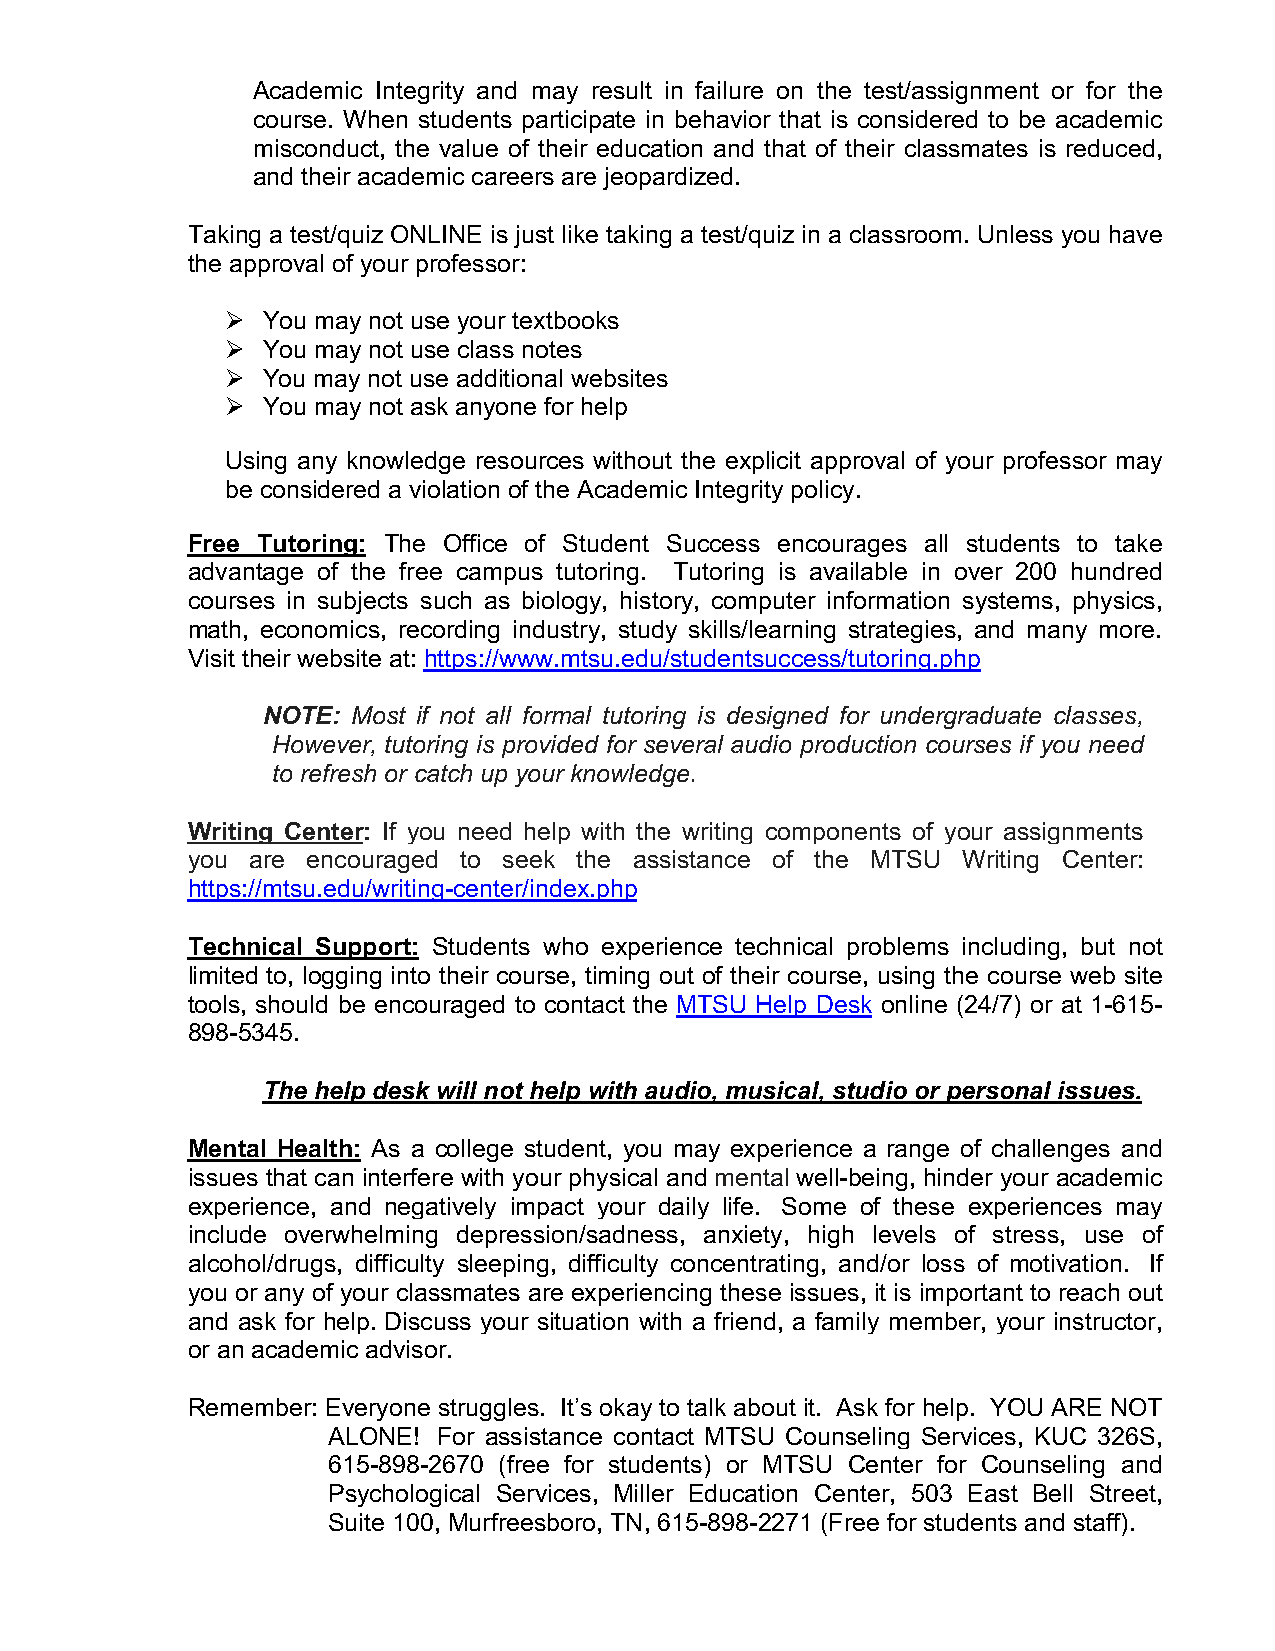
Academic Integrity and may result in failure on the test/assignment or for the
 course. When students participate in behavior that is considered to be academic
 misconduct, the value of their education and that of their classmates is reduced,
 and their academic careers are jeopardized.
 Taking a test/quiz ONLINE is just like taking a test/quiz in a classroom. Unless you have
 the approval of your professor:
 Ø You may not use your textbooks
 Ø You may not use class notes
 Ø You may not use additional websites
 Ø You may not ask anyone for help
 Using any knowledge resources without the explicit approval of your professor may
 be considered a violation of the Academic Integrity policy.
 Free Tutoring: The Office of Student Success encourages all students to take
 advantage of the free campus tutoring. Tutoring is available in over 200 hundred
 courses in subjects such as biology, history, computer information systems, physics,
 math, economics, recording industry, study skills/learning strategies, and many more.
 Visit their website at: https://www.mtsu.edu/studentsuccess/tutoring.php
 NOTE: Most if not all formal tutoring is designed for undergraduate classes,
 However, tutoring is provided for several audio production courses if you need
 to refresh or catch up your knowledge.
 Writing Center: If you need help with the writing components of your assignments
 you are encouraged to seek the assistance of the MTSU Writing Center:
 https://mtsu.edu/writing-center/index.php
 Technical Support: Students who experience technical problems including, but not
 limited to, logging into their course, timing out of their course, using the course web site
 tools, should be encouraged to contact the MTSU Help Desk online (24/7) or at 1-615-
 898-5345.
 The help desk will not help with audio, musical, studio or personal issues.
 Mental Health: As a college student, you may experience a range of challenges and
 issues that can interfere with your physical and mental well-being, hinder your academic
 experience, and negatively impact your daily life. Some of these experiences may
 include overwhelming depression/sadness, anxiety, high levels of stress, use of
 alcohol/drugs, difficulty sleeping, difficulty concentrating, and/or loss of motivation. If
 you or any of your classmates are experiencing these issues, it is important to reach out
 and ask for help. Discuss your situation with a friend, a family member, your instructor,
 or an academic advisor.
 Remember: Everyone struggles. It’s okay to talk about it. Ask for help. YOU ARE NOT
 ALONE! For assistance contact MTSU Counseling Services, KUC 326S,
 615-898-2670 (free for students) or MTSU Center for Counseling and
 Psychological Services, Miller Education Center, 503 East Bell Street,
 Suite 100, Murfreesboro, TN, 615-898-2271 (Free for students and staff).